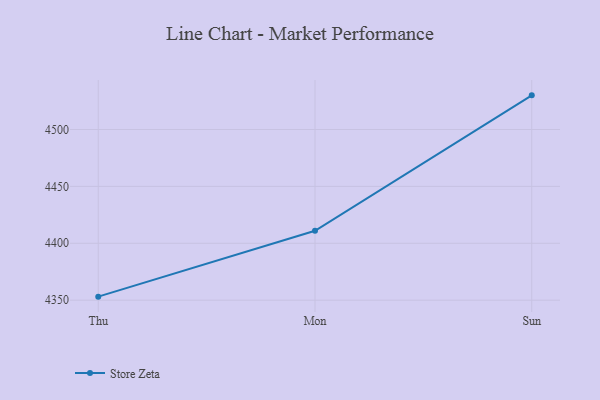
{"axis": {"x": "Day", "y": "Tickets Resolved"}, "legend": ["Store Zeta"], "data": [{"x": "Thu", "y": 4353.1, "type": "Store Zeta"}, {"x": "Mon", "y": 4411.0, "type": "Store Zeta"}, {"x": "Sun", "y": 4530.0, "type": "Store Zeta"}]}